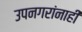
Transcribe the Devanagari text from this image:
उपनगरांनाही